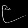
Digit: ၉